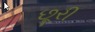
છૂરી